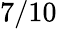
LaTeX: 7/10